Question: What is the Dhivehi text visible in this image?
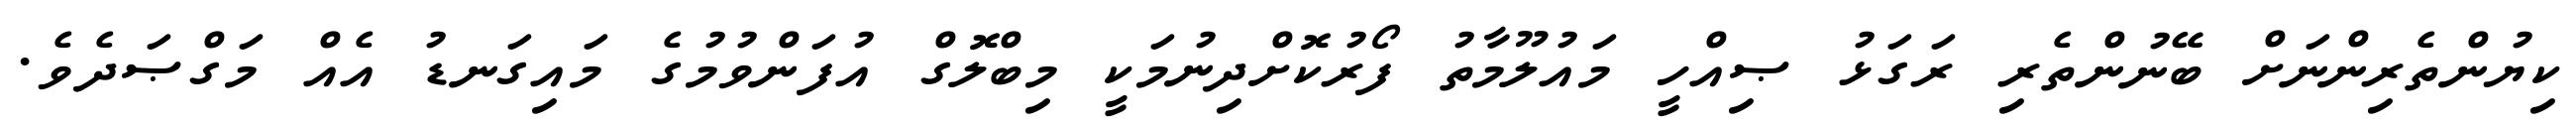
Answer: ކިޔުންތެރިންނަށް ބޭނުންތެރި ރަގަޅު ޞިއްހީ މައުލޫމާތު ފޯރުކޮށްދިނުމަކީ މިބްލޮގް އުފަންވުމުގެ މައިގަނޑު އެއް މަގްޞަދެވެ.